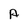
Character: A